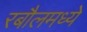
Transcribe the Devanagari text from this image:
रबौलमध्ये